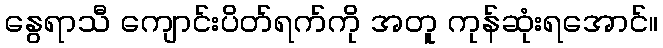
နွေရာသီ ကျောင်းပိတ်ရက်ကို အတူ ကုန်ဆုံးရအောင်။